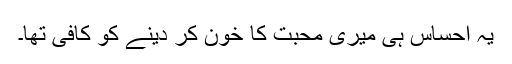
یہ احساس ہی میری محبت کا خون کر دینے کو کافی تھا۔